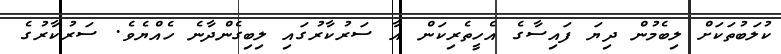
ކުލަބުތަކަށް ލިބެމުން ދިޔަ ފައިސާގެ އެހީތެރިކަން އާ ސަރުކާރުގައި ލިބިގެންދާނެ ހެއްޔެވެ. ސަރުކާރުގެ